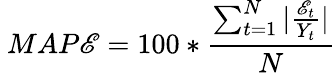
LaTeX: \ MAP\mathscr{E}=100*{\frac{{\sum_{t=1}^{N}|{\frac{{\mathscr{E}_{t}}}{{Y_{t}}}}|}}{{N}}}